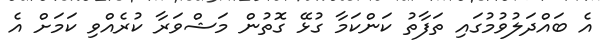
އެ ބައްދަލުވުމުގައި ތަފާތު ކަންކަމާ ގުޅޭ ގޮތުން މަޝްވަރާ ކުރެއްވި ކަމަށް އެ